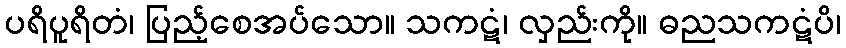
ပရိပူရိတံ၊ ပြည့်စေအပ်သော။ သကဋံ၊ လှည်းကို။ ဓညသကဋံပိ၊